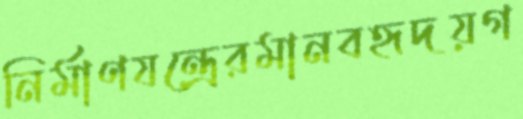
নির্মাণযন্ত্রেরমানবহৃদয়গ